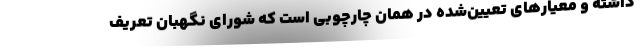
داشته و معیار‌های تعیین‌شده در همان چارچوبی است که شورای نگهبان تعریف